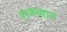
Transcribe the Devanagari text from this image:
राजधाान